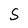
Character: S